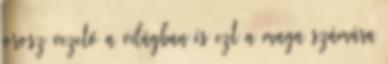
orosz vezető a világban és ezt a maga számára